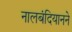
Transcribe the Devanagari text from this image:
नालबंदियानने